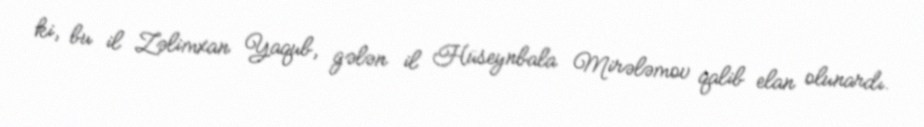
ki, bu il Zəlimxan Yaqub, gələn il Hüseynbala Mirələmov qalib elan olunardı.